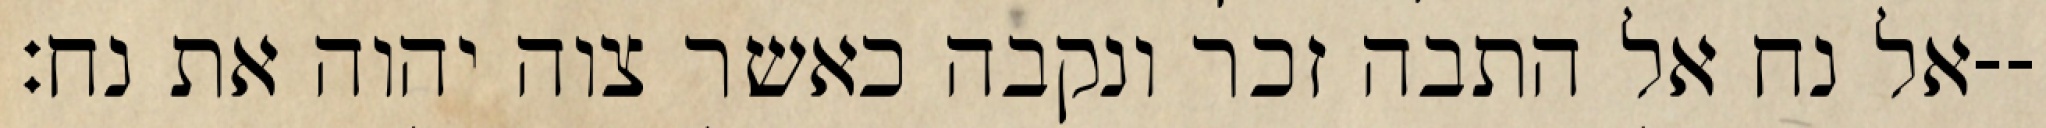
אל נח אל התבה זכר ונקבה כאשר צוה יהוה את נח׃--